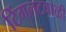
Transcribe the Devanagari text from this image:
टिंगलटवाळी